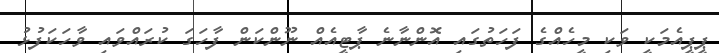
ޕީޕީއެމަކީ ވަކި މީހެއްގެ ފަހަތުގައި އޮންނާނެ ޕާޓީއެއް ނޫންކަން ފާހަގަ ކުރައްވައި ވާހަކަފުޅު